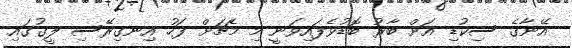
އޭނާގެ ސިކުޑި އަށް ބާރު ބޮޑުވެފައިވަނީ މި މެޗަށް ފަހު އިނގިރޭސި ލީގުގައި